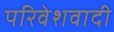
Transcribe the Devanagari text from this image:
परिवेशवादी